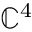
\mathbb { C } ^ { 4 }